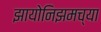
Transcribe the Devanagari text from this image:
झायोनिझमच्या